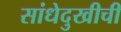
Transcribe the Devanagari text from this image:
सांधेदुखीची